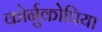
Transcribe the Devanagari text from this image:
कोर्नुकोपिया